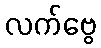
လက်ဗွေ